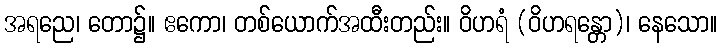
အရညေ၊ တော၌။ ဧကော၊ တစ်ယောက်အထီးတည်း။ ဝိဟရံ (ဝိဟရန္တော)၊ နေသော။